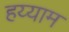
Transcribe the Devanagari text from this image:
हय्याम